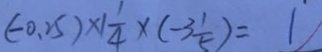
( - 0 . 2 5 ) \times 1 \frac { 1 } { 4 } \times ( - 3 \frac { 1 } { 5 } ) = 1